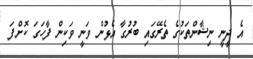
އެ ދީނީ ނިޝާންތަކުގެ ތެރޭގައި ބުރުގާ އެޅުން ވަނީ ވަކިން ފާހަގަ ކޮށްފަ